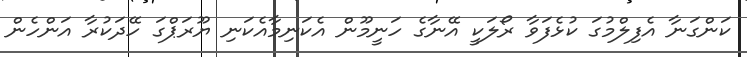
ކަންގަނާ އެފިލްމުގަ ކުޅެފަވާ ރޯލަކީ އޭނާގެ ހަނީމޫން އެކަނިމާއެކަނި ޔޫރަޕްގަ ހޭދަކުރާ އަންހެން